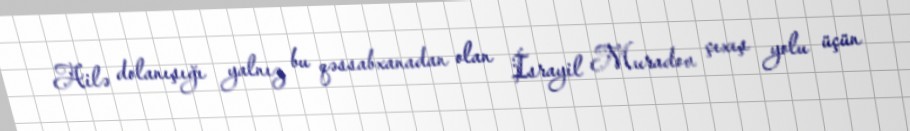
Ailə dolanışığı yalnız bu qəssabxanadan olan İsrayil Muradov çıxış yolu üçün